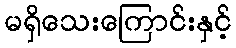
မရှိသေးကြောင်းနှင့်